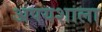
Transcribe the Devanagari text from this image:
अपयशाला